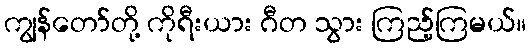
ကျွန်တော်တို့ ကိုရီးယား ဂီတ သွား ကြည့်ကြမယ်။